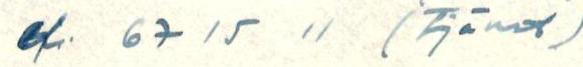
ef. 67 15 11 (tjänst)